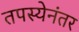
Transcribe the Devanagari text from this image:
तपस्येनंतर